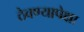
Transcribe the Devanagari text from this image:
ठेवण्यापेक्षा